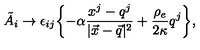
\tilde { A } _ { i } \rightarrow \epsilon _ { i j } \biggl \{ - \alpha \frac { x ^ { j } - q ^ { j } } { | \vec { x } - \vec { q } | ^ { 2 } } + \frac { \rho _ { e } } { 2 \kappa } q ^ { j } \biggr \} ,